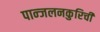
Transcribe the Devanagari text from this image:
पान्जलनकुरिची